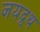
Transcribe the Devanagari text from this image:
जयद्र्थ